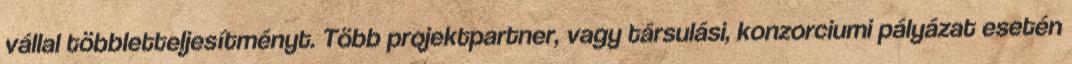
vállal többletteljesítményt. Több projektpartner, vagy társulási, konzorciumi pályázat esetén